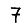
Digit: 7